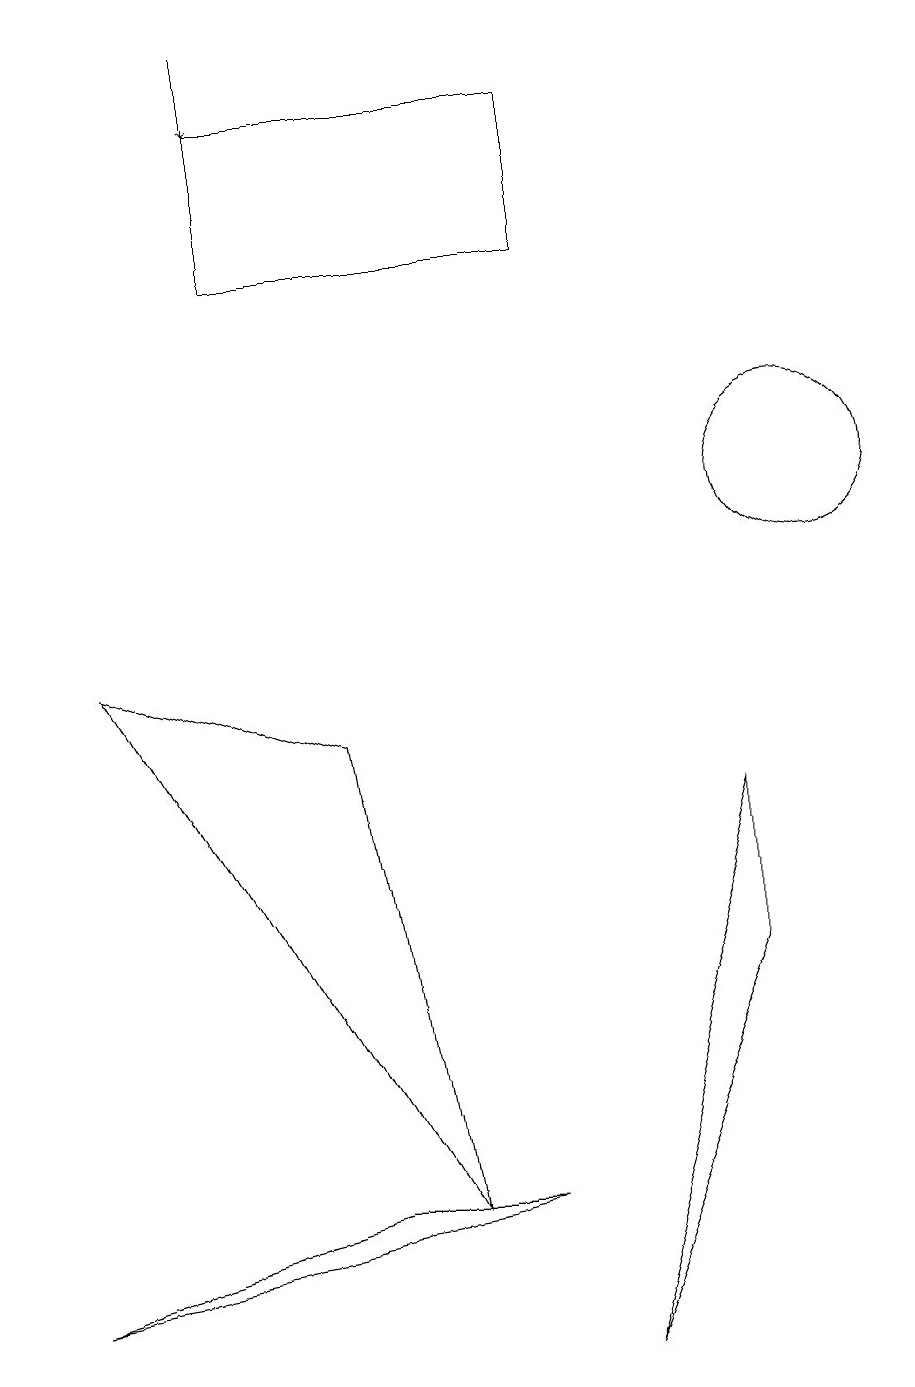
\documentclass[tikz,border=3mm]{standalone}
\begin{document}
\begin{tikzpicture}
\draw (10,11) circle (1);
\draw (7,16) rectangle (3,14);
\draw[->] (3,17) -- (3,16);
\draw (9,5) -- (9,7) -- (7,0) -- cycle;
\draw (4,2) -- (6,2) -- (0,1) -- cycle;
\draw (5,2) -- (1,9) -- (4,8) -- cycle;
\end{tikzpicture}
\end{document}